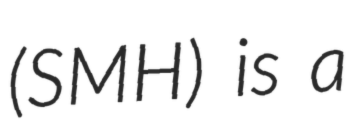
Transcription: (SMH) is a